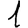
Digit: 1